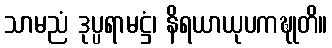
သာမညံ ဒုပ္ပရာမဋ္ဌံ၊ နိရယာယုပကဍ္ဎုတိ။